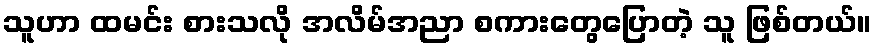
သူဟာ ထမင်း စားသလို အလိမ်အညာ စကားတွေပြောတဲ့ သူ ဖြစ်တယ်။